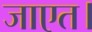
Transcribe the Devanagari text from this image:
जाएत।